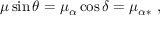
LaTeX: \mu \sin \theta = \mu _ { \alpha } \cos \delta = \mu _ { \alpha \ast } \ ,